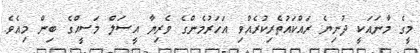
މީގެ މާނައަކީ ދުނިޔެ ރައްކައުތެރިކުރެއްވި އަހަރުމެންގެ ވެރިޔާ އީސަލް މަސީޙްގެ ބިން މިއެވެ.